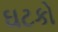
ઘટકો